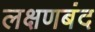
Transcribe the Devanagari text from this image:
लक्षणबंद